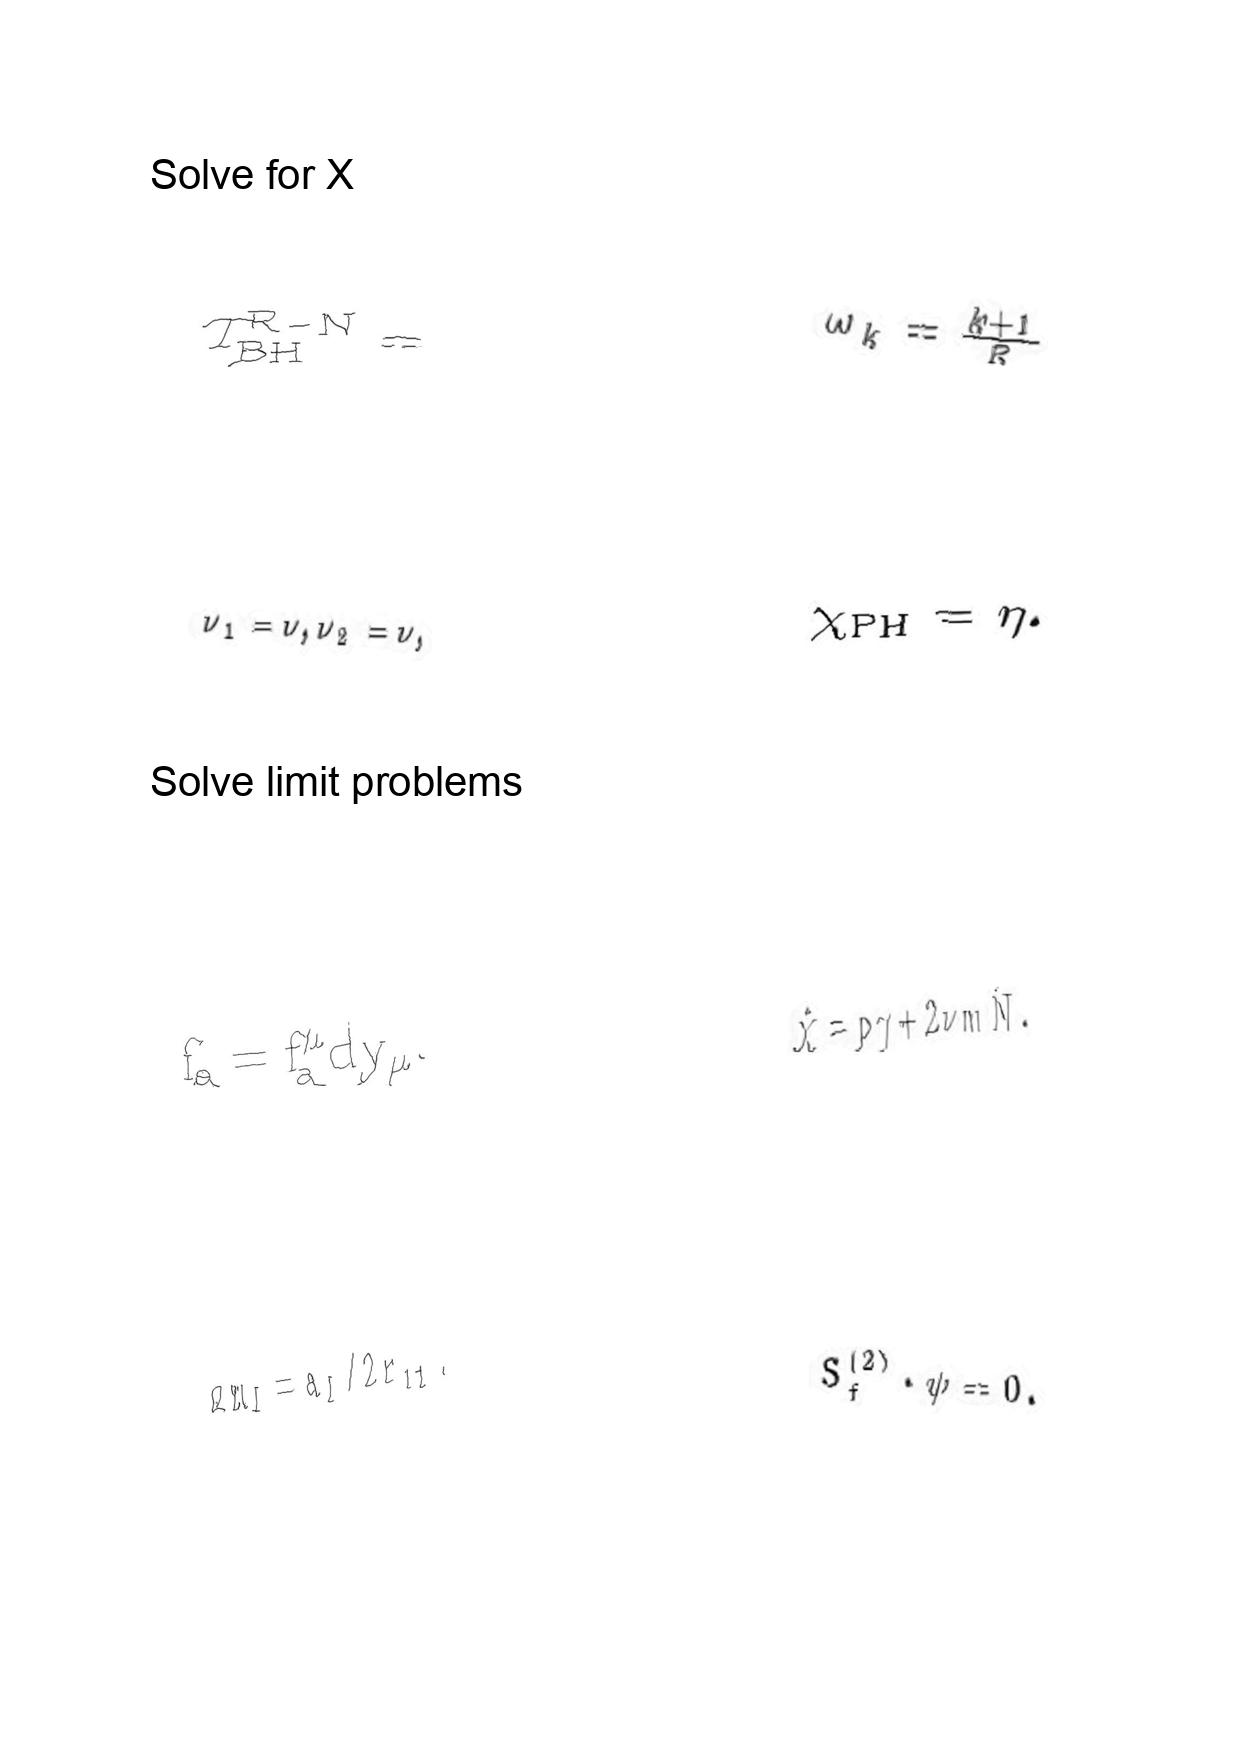
LaTeX transcription:
T _ { \mathrm { B H } } ^ { \mathrm { R - N } } =
\nu _ { 1 } = \nu , \nu _ { 2 } = \nu ,
f _ { a } = f _ { a } ^ { \mu } d y _ { \mu } .
g m _ { I } = a _ { I } / 2 r _ { 1 1 } .
\omega _ { k } = \frac { k + 1 } { R }
\chi _ { \mathrm { P H } } = \eta .
\hat { \chi } = p \gamma + 2 \nu m \hat { N } .
S _ { f } ^ { \lparen 2 \rparen } \cdot \psi = 0 .